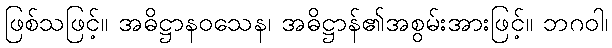
ဖြစ်သဖြင့်။ အဓိဋ္ဌာနဝသေန၊ အဓိဋ္ဌာန်၏အစွမ်းအားဖြင့်။ ဘဂဝါ၊